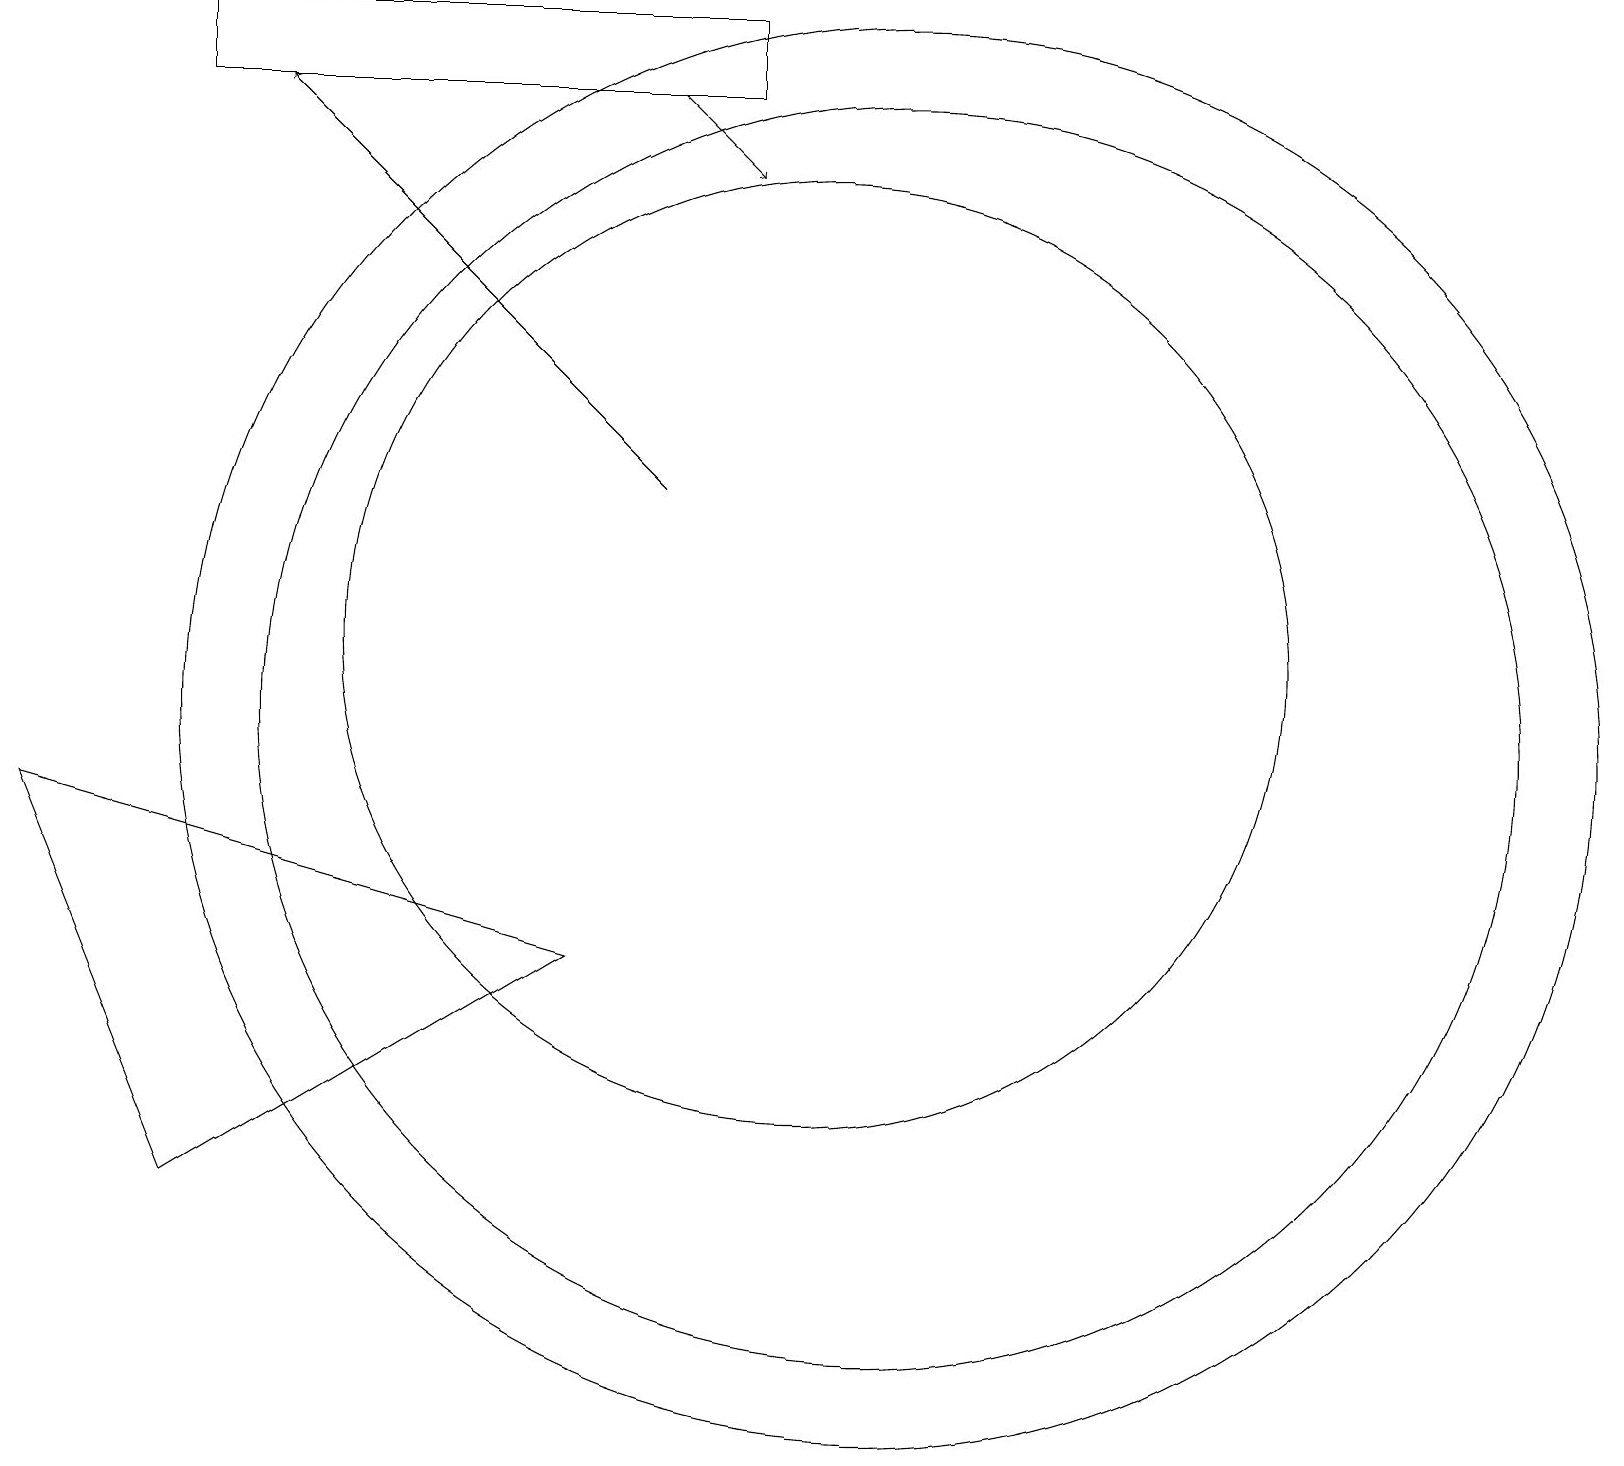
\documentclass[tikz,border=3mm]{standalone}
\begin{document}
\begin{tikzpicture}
\draw[->] (8,18) -- (9,17);
\draw (10,11) circle (6);
\draw[->] (8,13) -- (3,18);
\draw (2,4) -- (0,9) -- (7,7) -- cycle;
\draw (9,19) rectangle (2,18);
\draw (11,10) circle (9);
\draw (11,10) circle (8);
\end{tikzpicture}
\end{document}